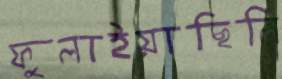
ফুলাইয়াছিলি